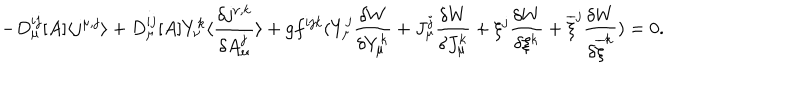
- D _ { \mu } ^ { i j } [ A ] \langle j ^ { \mu , j } \rangle + D _ { \mu } ^ { i j } [ A ] Y _ { \nu } ^ { k } \langle \frac { \delta j ^ { \nu , k } } { \delta A _ { \mu } ^ { j } } \rangle + g f ^ { i j k } ( Y _ { \mu } ^ { j } \frac { \delta W } { \delta Y _ { \mu } ^ { k } } + J _ { \mu } ^ { j } \frac { \delta W } { \delta J _ { \mu } ^ { k } } + \xi ^ { j } \frac { \delta W } { \delta \xi ^ { k } } + \overline { { { \xi } } } ^ { j } \frac { \delta W } { \delta \overline { { { \xi } } } ^ { k } } ) = 0 .